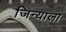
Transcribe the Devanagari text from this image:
जिन्याला